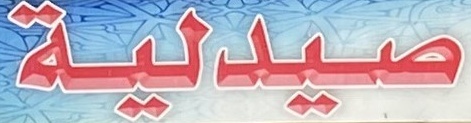
صیدلیة